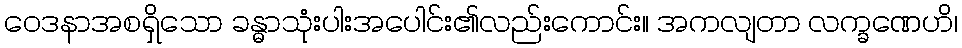
ဝေဒနာအစရှိသော ခန္ဓာသုံးပါးအပေါင်း၏လည်းကောင်း။ အကလျတာ လက္ခဏေဟိ၊